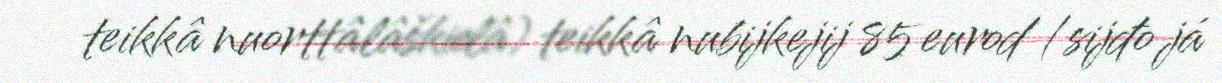
teikkâ nuorttâlâškielâ) teikkâ nubijkejij 85 eurod /sijđo já